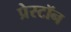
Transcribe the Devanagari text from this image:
प्रेस्टॉन